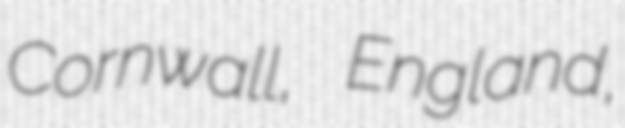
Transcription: Cornwall, England,